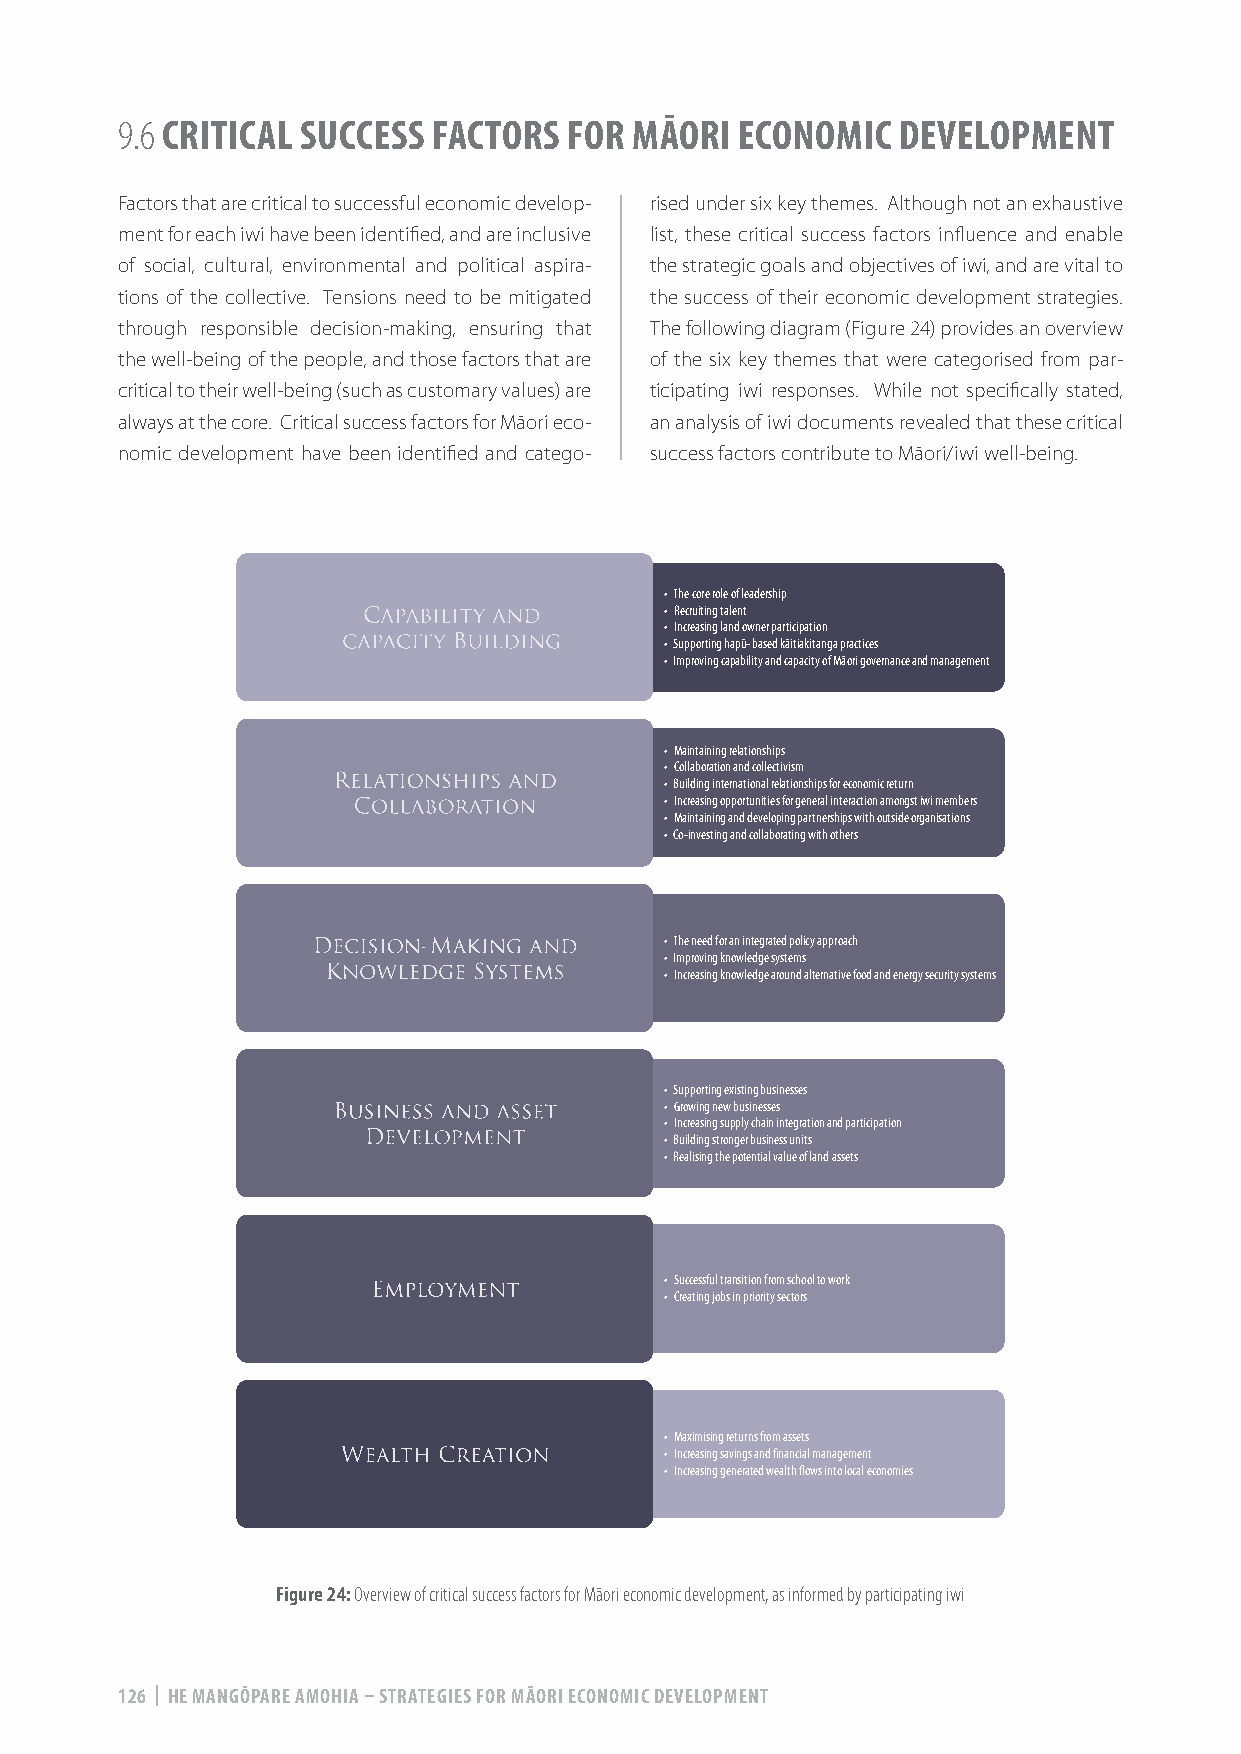
9.6 CRITICAL SUCCESS FACTORS  FOR MĀORI  ECONOMIC  DEVELOPMENT
 Factors that are critical to successful economic develop- rised under six key themes. Although not an exhaustive
 ment for each iwi have been identified, and are inclusive list, these critical success factors influence and enable
 of social, cultural, environmental and political aspira- the strategic goals and objectives of iwi, and are vital to
 tions of the collective. Tensions need to be mitigated the success of their economic development strategies.
 through responsible decision-making, ensuring that The following diagram (Figure 24) provides an overview
 the well-being of the people, and those factors that are of the six key themes that were categorised from par-
 critical to their well-being (such as customary values) are ticipating iwi responses. While not specifically stated,
 always at the core. Critical success factors for Māori eco- an analysis of iwi documents revealed that these critical
 nomic development have been identified and catego- success factors contribute to Māori/iwi well-being.
 • The core role of leadership
 • Recruiting talent
 • Increasing land owner participation
 • Supporting hapū- based kāitiakitanga practices
 • Improving capability and capacity of Māori governance and management
 • Maintaining relationships
 • Collaboration and collectivism
 • Building international relationships for economic return
 • Increasing opportunities for general interaction amongst iwi members
 • Maintaining and developing partnerships with outside organisations
 • Co-investing and collaborating with others
 • The need for an integrated policy approach
 • Improving knowledge systems
 • Increasing knowledge around alternative food and energy security systems
 • Supporting existing businesses
 • Growing new businesses
 • Increasing supply chain integration and participation
 • Building stronger business units
 • Realising the potential value of land assets
 • Successful transition from school to work
 • Creating jobs in priority sectors
 • Maximising returns from assets
 • Increasing savings and financial management
 • Increasing generated wealth flows into local economies
 Figure 24: Overview of critical success factors for Māori economic development, as informed by participating iwi
 126 | HE MANGŌPARE AMOHIA – STRATEGIES FOR MĀORI ECONOMIC DEVELOPMENT